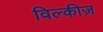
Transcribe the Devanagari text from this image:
विल्कीज़